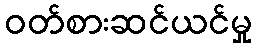
ဝတ်စားဆင်ယင်မှု